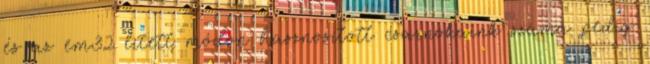
és az em32 lített módon hasznosított csarnokaink száma pedig